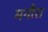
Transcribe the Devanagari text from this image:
मनौरा